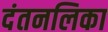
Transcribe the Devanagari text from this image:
दंतनलिका